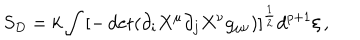
LaTeX: S _ { D } = k \int \left[ - \det ( \partial _ { i } X ^ { \mu } \partial _ { j } X ^ { \nu } g _ { \mu \nu } ) \right] ^ { \frac { 1 } { 2 } } d ^ { p + 1 } { \xi } \, ,